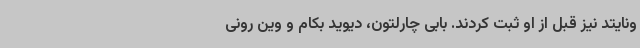
ونایتد نیز قبل از او ثبت کردند. بابی چارلتون، دیوید بکام و وین رونی